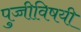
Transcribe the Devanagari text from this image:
पुच्चीविषयी